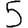
Digit: 5